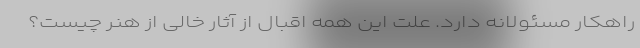
راهکار مسئولانه دارد. علت این همه اقبال از آثار خالی از هنر چیست؟